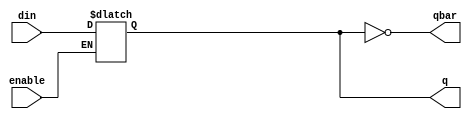
// Transarent latch with enable 
module latch (q,qbar,din,enable);
input din,enable;
output reg q; output qbar;
assign qbar = ~q;

always @(din or enable)
begin 
    if(enable) q=din;
end 
endmodule